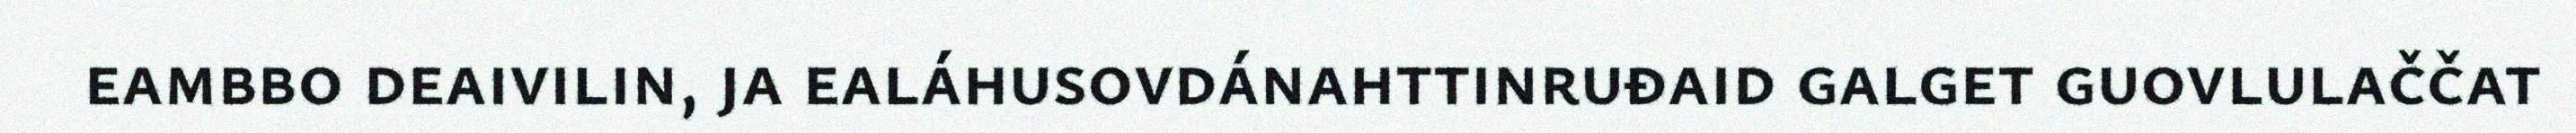
eambbo deaivilin, ja ealáhusovdánahttinruđaid galget guovlulaččat